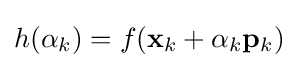
h(\alpha _{k})=f(\mathbf {x} _{k}+\alpha _{k}\mathbf {p} _{k})